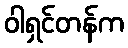
ဝါရှင်တန်က